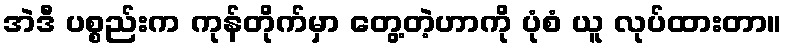
အဲဒီ ပစ္စည်းက ကုန်တိုက်မှာ တွေ့တဲ့ဟာကို ပုံစံ ယူ လုပ်ထားတာ။